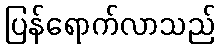
ပြန်ရောက်လာသည်